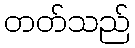
တတ်သည်